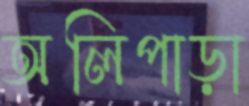
অলিপাড়া